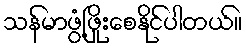
သန်မာဖွံ့ဖြိုးစေနိုင်ပါတယ်။